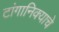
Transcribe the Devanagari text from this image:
टांगानिक्याचे